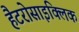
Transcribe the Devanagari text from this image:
हैटरोसाइक्लिक